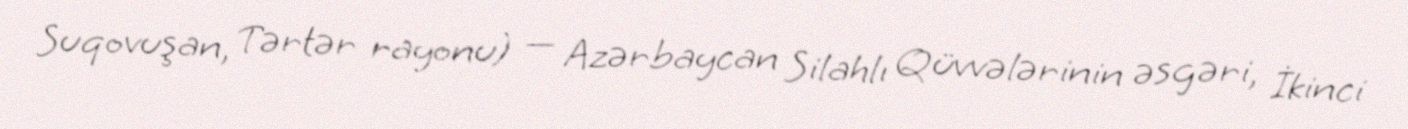
Suqovuşan, Tərtər rayonu) — Azərbaycan Silahlı Qüvvələrinin əsgəri, İkinci